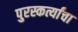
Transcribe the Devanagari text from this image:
पुरस्कर्त्यांचा